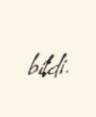
bildi.